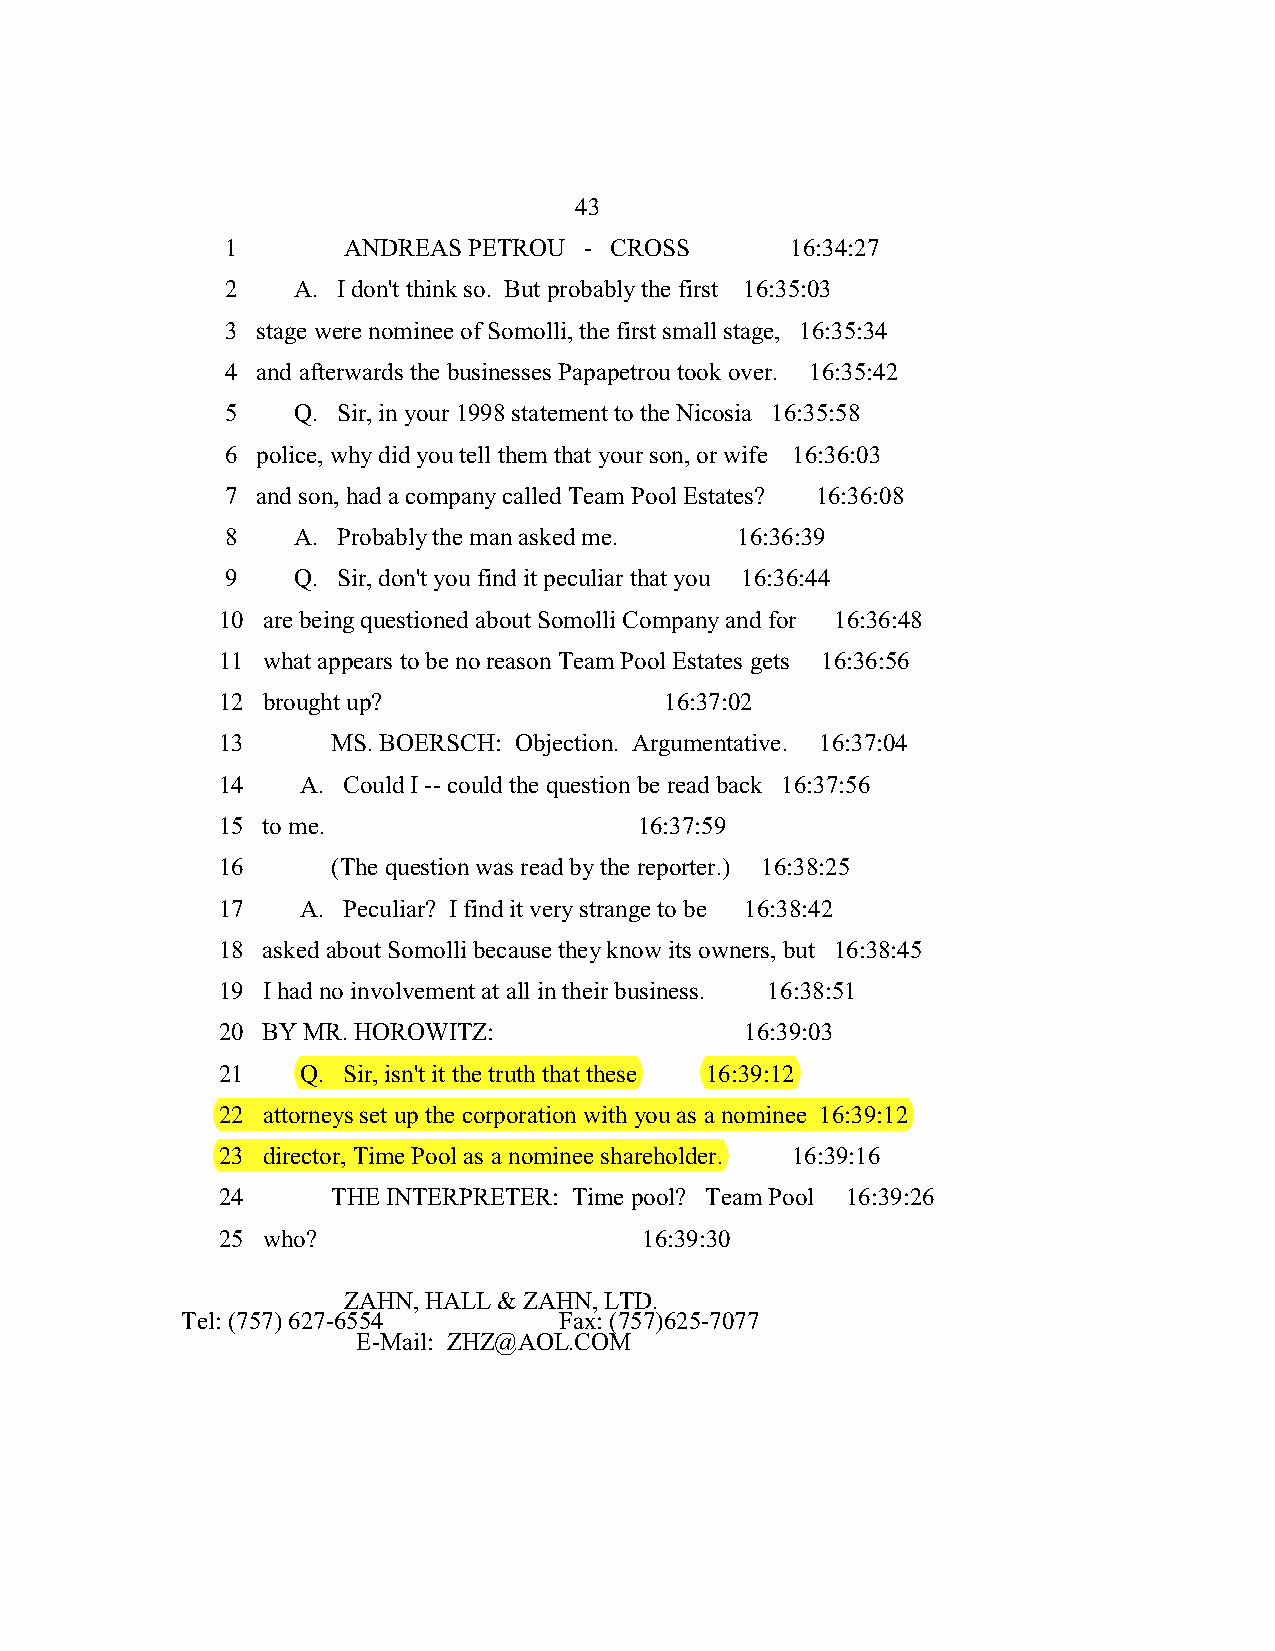
43
 1       ANDREAS PETROU  - CROSS      16:34:27
 2   A. I don't think so. But probably the first 16:35:03
 3 stage were nominee of Somolli, the first small stage, 16:35:34
 4 and afterwards the businesses Papapetrou took over. 16:35:42
 5   Q. Sir, in your 1998 statement to the Nicosia 16:35:58
 6 police, why did you tell them that your son, or wife 16:36:03
 7 and son, had a company called Team Pool Estates? 16:36:08
 8   A. Probably the man asked me. 16:36:39
 9   Q. Sir, don't you find it peculiar that you 16:36:44
 10 are being questioned about Somolli Company and for 16:36:48
 11 what appears to be no reason Team Pool Estates gets 16:36:56
 12 brought up?                16:37:02
 13      MS. BOERSCH: Objection. Argumentative. 16:37:04
 14    A. Could I -- could the question be read back 16:37:56
 15 to me.                   16:37:59
 16      (The question was read by the reporter.) 16:38:25
 17    A. Peculiar? I find it very strange to be 16:38:42
 18 asked about Somolli because they know its owners, but 16:38:45
 19 I had no involvement at all in their business. 16:38:51
 20 BY MR. HOROWITZ:                16:39:03
 21    Q. Sir, isn't it the truth that these 16:39:12
 22 attorneys set up the corporation with you as a nominee 16:39:12
 23 director, Time Pool as a nominee shareholder. 16:39:16
 24      THE INTERPRETER: Time pool? Team Pool 16:39:26
 25 who?                      16:39:30
 ZAHN, HALL & ZAHN, LTD.
 Tel: (757) 627-6554      Fax: (757)625-7077
 E-Mail: ZHZ@AOL.COM